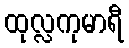
ထုလ္လကုမာရီ